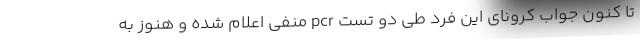
تا کنون جواب کرونای این فرد طی دو تست pcr منفی اعلام شده و هنوز به